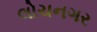
લોચનગર